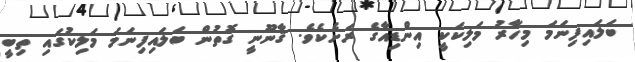
ބަލައިފިނަމަ މިހާރު މަލިކަކީ އިންޑިއާގެ ރަށެކެވެ. ޤާނޫނީ ގޮތުން ބަލައިފިނަމަ މަލިކުގައި ތިބީ